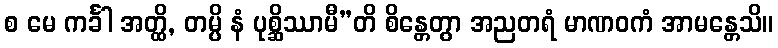
စ မေ ကင်္ခါ အတ္ထိ, တမ္ပိ နံ ပုစ္ဆိဿာမီ”တိ စိန္တေတွာ အညတရံ မာဏဝကံ အာမန္တေသိ။